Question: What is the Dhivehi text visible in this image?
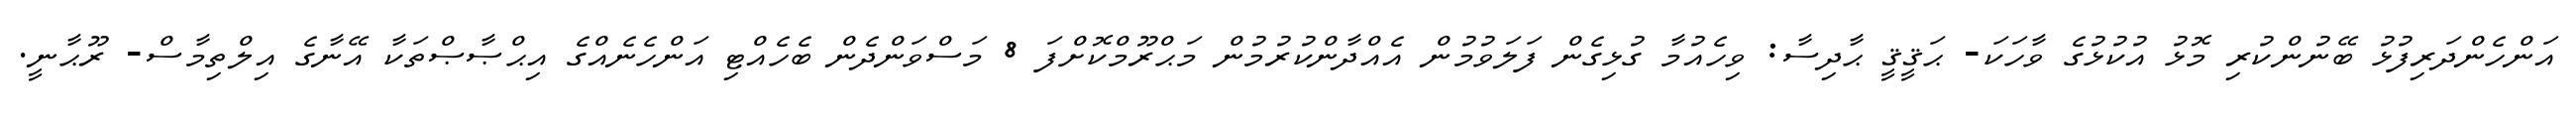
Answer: އަންހެންދަރިފުޅު ބޭނުންކުރި މޮޅު އުކުޅުގެ ވާހަކަ- ޙަޤީޤީ ޙާދިސާ: ވިހެއުމާ ގުޅިގެން ފަލަވުމުން އެއްދާންކުރުމުން މަޙްރޫމްކޮށްފަ 8 މަސްވަންދެން ބެހެއްޓި އަންހެނެއްގެ އިޙްޞާޞްތަކާ އޭނާގެ އިލްތިމާސް- ރޫޙާނީ.